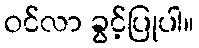
ဝင်လာ ခွင့်ပြုပါ။